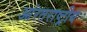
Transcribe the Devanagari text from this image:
आंरतराष्ट्रीय